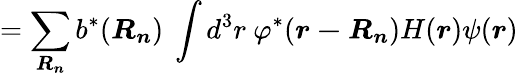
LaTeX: =\sum_{\boldsymbol{R_{n}}}b^{*}({\boldsymbol{R_{n}}})\ \int d^{3}r\ \varphi^{*}({\boldsymbol{r-R_{n}}})H({\boldsymbol{r}})\psi({\boldsymbol{r}})